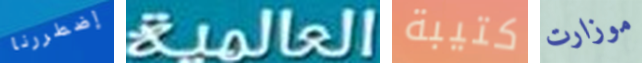
إضطررنا العالمية كتيبة موزارت